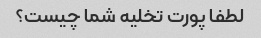
لطفا پورت تخلیه شما چیست؟